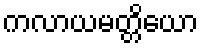
ကလာယမတ္တိယော